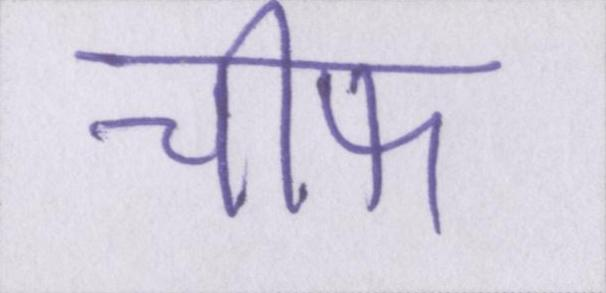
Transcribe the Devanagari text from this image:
चीफ